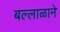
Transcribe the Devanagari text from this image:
बल्लाळाने